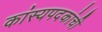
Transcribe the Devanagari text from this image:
कांस्यपदकांची